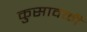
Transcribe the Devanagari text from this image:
कुसावळी